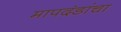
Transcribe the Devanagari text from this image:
मापदंडांचा